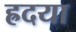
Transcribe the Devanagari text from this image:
ह्रदया